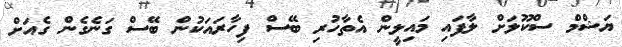
ޔަޝްމް ސްކޫލަށް ލާފައި މައިލީން އެތާހުރި ބޭސް ފިހާރައަކުން ބޭސް ގަނެގެން ގެއަށް